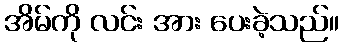
အိမ်ကို လင်း အား ပေးခဲ့သည်။